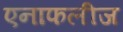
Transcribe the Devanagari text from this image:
एनाफलीज